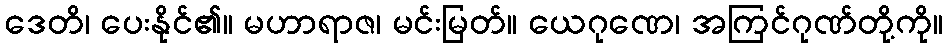
ဒေတိ၊ ပေးနိုင်၏။ မဟာရာဇ၊ မင်းမြတ်။ ယေဂုဏေ၊ အကြင်ဂုဏ်တို့ကို။